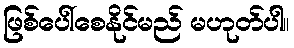
ဖြစ်ပေါ်စေနိုင်မည် မဟုတ်ပါ။